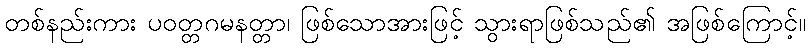
တစ်နည်းကား ပဝတ္တဂမနတ္တာ၊ ဖြစ်သောအားဖြင့် သွားရာဖြစ်သည်၏ အဖြစ်ကြောင့်။